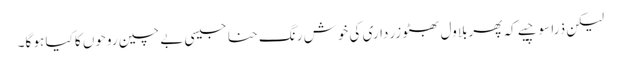
لیکن ذرا سوچیے کہ پھربلاول بھٹو زرداری کی خوش رنگ حنا جیسی بے چین روحوں کا کیا ہو گا۔